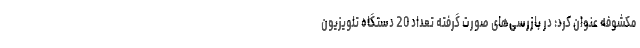
مکشوفه عنوان کرد: در بازرسی‌های صورت گرفته تعداد 20 دستگاه تلویزیون